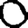
Digit: 0